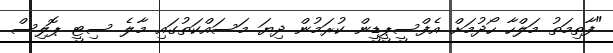
"ފާތިމަތު މަލްހާ ހޯދުމަށް އެފްސީޕީޑީން ކުރަމުން ދިޔަ މަސައްކަތުގައި މާލެ ސިޓީ ޕޮލިސް